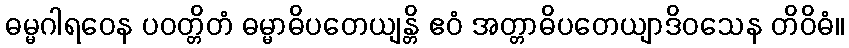
ဓမ္မဂါရဝေန ပဝတ္တိတံ ဓမ္မာဓိပတေယျန္တိ ဧဝံ အတ္တာဓိပတေယျာဒိဝသေန တိဝိဓံ။